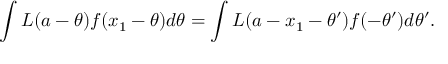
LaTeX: \int L ( a - \theta ) f ( x _ { 1 } - \theta ) d \theta = \int L ( a - x _ { 1 } - \theta ^ { \prime } ) f ( - \theta ^ { \prime } ) d \theta ^ { \prime } .